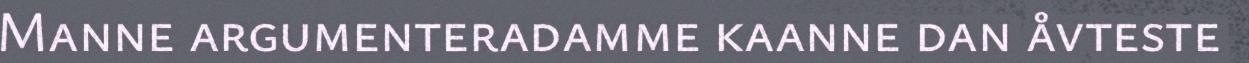
Manne argumenteradamme kaanne dan åvteste